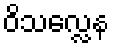
ဝိသလ္လေန